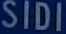
SIDI